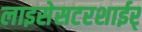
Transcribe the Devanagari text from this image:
लाइसेसटरशाईर्